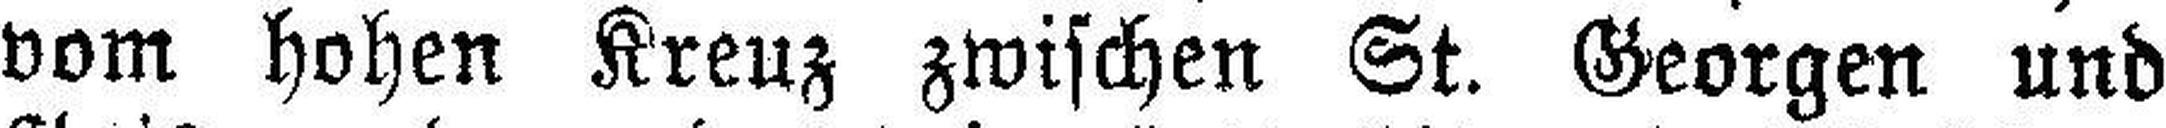
vom hohen Kreuz zwischen St. Georgen und